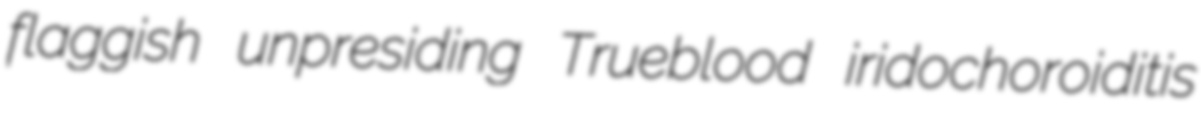
flaggish unpresiding Trueblood iridochoroiditis